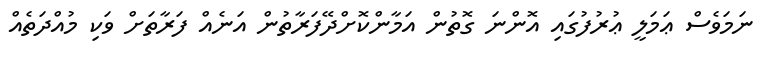
ނަމަވެސް ޢަމަލީ ޢުރުފުގައި އޮންނަ ގޮތުން އަމާންކޮށްދޭފަރާތުން އަނެއް ފަރާތަށް ވަކި މުއްދަތެއް